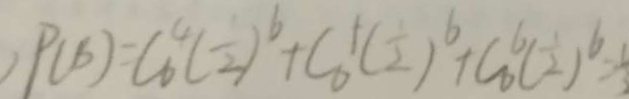
, P ( B ) = C _ { 6 } ^ { 4 } ( \frac { 1 } { 2 } ) ^ { 6 } + C _ { 6 } ^ { 1 } ( \frac { 1 } { 2 } ) ^ { 6 } + C _ { 6 } ^ { 6 } ( \frac { 1 } { 2 } ) ^ { 6 } =